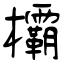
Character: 欛